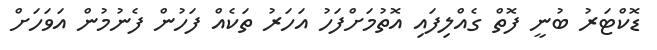
ޑޮކްޓަރު ބުނީ ފޮތް ގެއްލިފައި އޮތުމަށްފަހު އަހަރު ތަކެއް ފަހުން ފެނުމުން އަވަހަށް